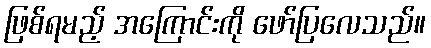
ဖြစ်ရမည့် အကြောင်းကို ဖော်ပြလေသည်။